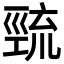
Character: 巰